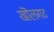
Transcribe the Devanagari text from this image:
खॊलगट